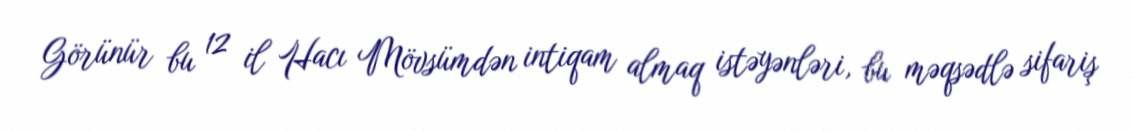
Görünür bu 12 il Hacı Mövsümdən intiqam almaq istəyənləri, bu məqsədlə sifariş